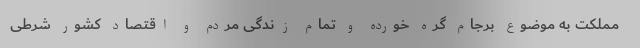
مملکت به موضوع برجام گره خورده و تمام زندگی مردم و اقتصاد کشور شرطی